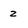
Character: z